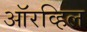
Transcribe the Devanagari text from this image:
ऑरव्हिल